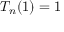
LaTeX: T _ { n } ( 1 ) = 1